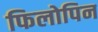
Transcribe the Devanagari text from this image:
फिलोपिन